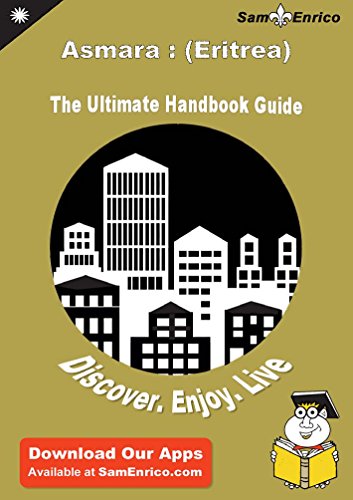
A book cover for Ultimate Handbook Guide to Asmara : (Eritrea) Travel Guide; Zenobia Eleby; Travel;